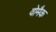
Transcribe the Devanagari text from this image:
वोमैक